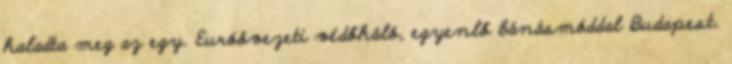
haladta meg az egy. Euróövezeti védőháló, egyenlő bánásmóddal Budapest.